Vaccination in the Punjab 1883-1896 - 1883-1896
Year: 1883
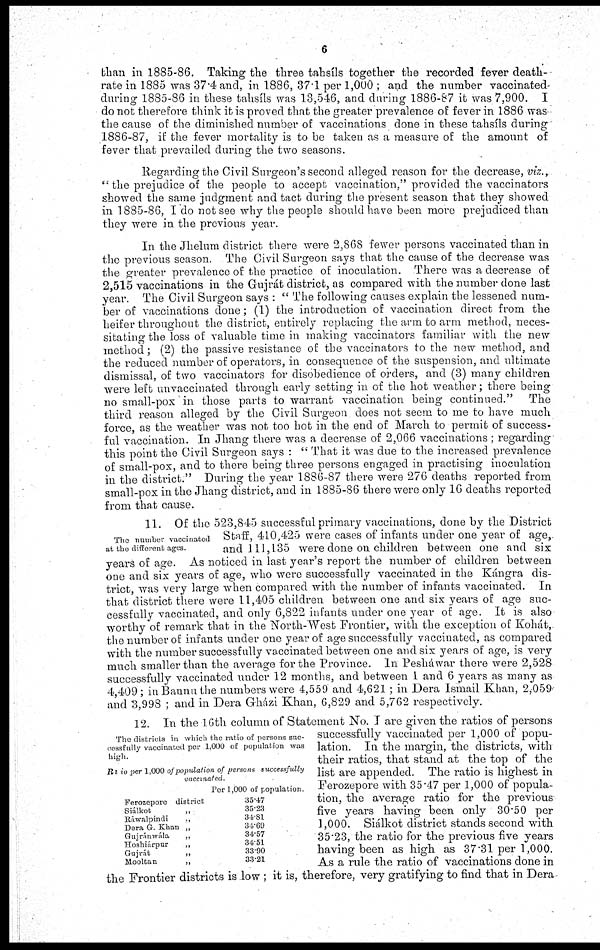
6
than in 1885-86. Taking the three tahsíls together the recorded fever death-
rate in 1885 was 37.4 and, in 1886, 37.1 per 1,000 ; and the number vaccinated
during 1885-86 in these tahsíls was 13,546, and during 1886-87 it was 7,900. I
do not therefore think it is proved that the greater prevalence of fever in 1886 was
the cause of the diminished number of vaccinations done in these tahsíls during
1886-87, if the fever mortality is to be taken as a measure of the amount of
fever that prevailed during the two seasons.
Regarding the Civil Surgeon's second alleged reason for the decrease, viz.,
" the prejudice of the people to accept vaccination," provided the vaccinators
showed the same judgment and tact during the present season that they showed
in 1885-86, I do not see why the people should have been more prejudiced than
they were in the previous year.
In the Jhelum district there were 2,868 fewer persons vaccinated than in
the previous season. The Civil Surgeon says that the cause of the decrease was
the greater prevalence of the practice of inoculation. There was a decrease of
2,515 vaccinations in the Gujrát district, as compared with the number done last
year. The Civil Surgeon says : " The following causes explain the lessened num-
ber of vaccinations done; (1) the introduction of vaccination direct from the
heifer throughout the district, entirely replacing the arm to arm method, neces-
sitating the loss of valuable time in making vaccinators familiar with the new
method; (2) the passive resistance of the vaccinators to the new method, and
the reduced number of operators, in consequence of the suspension, and ultimate
dismissal, of two vaccinators for disobedience of orders, and (3) many children
were left unvaccinated through early setting in of the hot weather; there being
no small-pox in those parts to warrant vaccination being continued."
The
third reason alleged by the Civil Surgeon does not seem to me to have much
force, as the weather was not too hot in the end of March to permit of success-
ful vaccination. In Jhang there was a decrease of 2,066 vaccinations ; regarding
this point the Civil Surgeon says : " That it was due to the increased prevalence
of small-pox, and to there being three persons engaged in practising inoculation
in the district." During the year 1886-87 there were 276 deaths reported from
small-pox in the Jhang district, and in 1885-86 there were only 16 deaths reported
from that cause.
The number vaccinated
at the different ages.
11. Of the 523,845 successful primary vaccinations, done by the District
Staff, 410,425 were cases of infants under one year of age,
and 111,135 were done on children between one and six
years of age. As noticed in last year's report the number of children between
one and six years of age, who were successfully vaccinated in the Kángra dis-
trict, was very large when compared with the number of infants vaccinated. In
that district there were 11,405 children between one and six years of age suc-
cessfully vaccinated, and only 6,822 infants under one year of age. It is also
worthy of remark that in the North-West Frontier, with the exception of Kohát,
the number of infants under one year of age successfully vaccinated, as compared
with the number successfully vaccinated between one and six years of age, is very
much smaller than the average for the Province. In Pesháwar there were 2,528
successfully vaccinated under 12 months, and between 1 and 6 years as many as
4,409; in Bannu the numbers were 4,559 and 4,621 ; in Dera Ismail Khan, 2,059
and 3,998 ; and in Dera Gházi Khan, 6,829 and 5,762 respectively.
The districts in which the ratio of persons suc-
-essfully vaccinated per 1,000 of population was
high.
Ratio per 1,000 of population of persons successfully
vaccinated.
Ferozepore district
Siálkot
„
Ráwalpindi
„
Dera G. Khan „
Gujránwála
„
Hoshiárpur
„
Gujrát
„
Mooltan
„
Per 1,000 of population.
35.47
35.23
34.81
34.69
34.57
34.51
33.90
33.21
12. In the 16th column of Statement No. I are given the ratios of persons
successfully vaccinated per 1,000 of popu-
lation. In the margin, the districts, with
their ratios, that stand at the top of the
list are appended. The ratio is highest in
Ferozepore with 35.47 per 1,000 of popula-
tion, the average ratio for the previous
five years having been only 30.50 per
1,000. Siálkot district stands second with
35.23, the ratio for the previous five years
having been as high as 37.31 per 1,000.
As a rule the ratio of vaccinations done in
the Frontier districts is low ; it is, therefore, very gratifying to find that in Dera